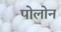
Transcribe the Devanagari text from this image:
पोलोन